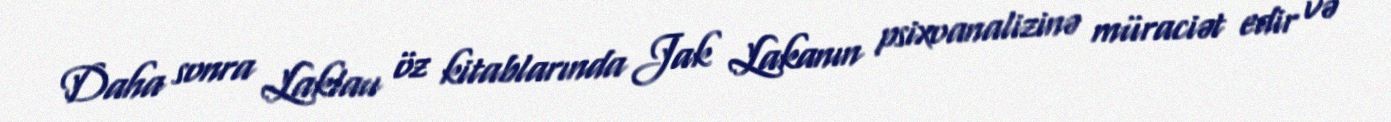
Daha sonra Laklau öz kitablarında Jak Lakanın psixoanalizinə müraciət edir və